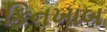
કિનખાબ